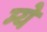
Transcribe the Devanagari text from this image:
म्ये